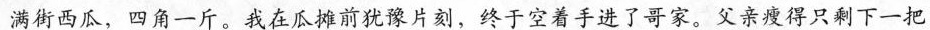
满街西瓜，四角一斤。我在瓜摊前犹豫片刻，终于空着手进了哥家。父亲瘦得只剩下一把